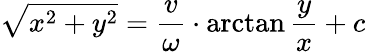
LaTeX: {\sqrt{x^{2}+y^{2}}}={\frac{v}{\omega}}\cdot\arctan{\frac{y}{x}}+c